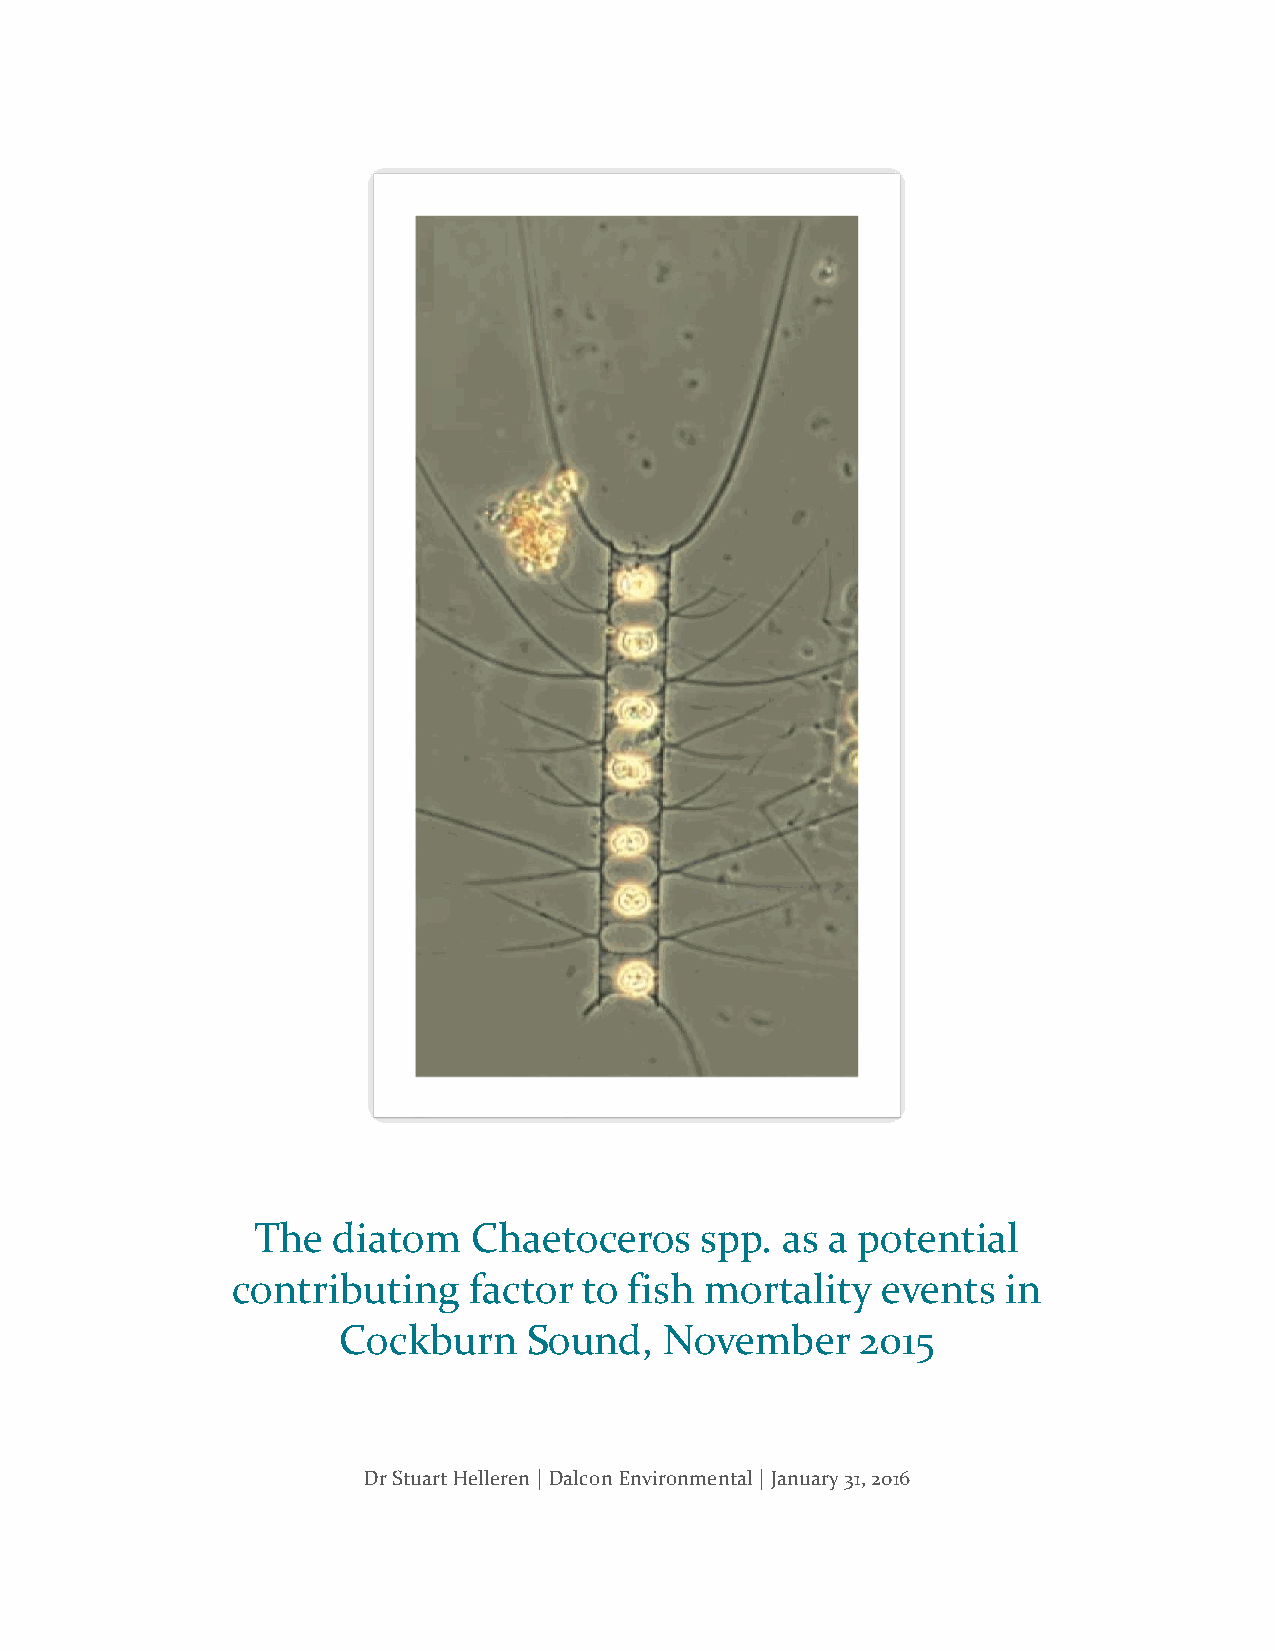
The  diatom   Chaetoceros    spp.  as a potential
 contributing    factor  to fish mortality  events   in
 Cockburn     Sound,   November     2015
 Dr Stuart Helleren | Dalcon Environmental | January 31, 2016